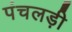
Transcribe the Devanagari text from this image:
पंचलड़ी